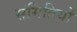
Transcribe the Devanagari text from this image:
संमितियों